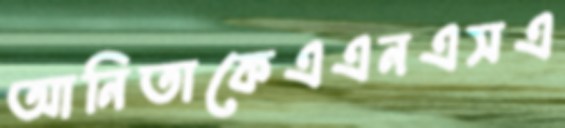
আনিতাকেএএনএসএ